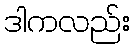
ဒါကလည်း